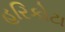
હરિકોટા